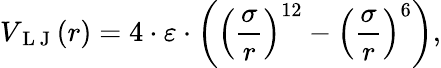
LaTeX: V_{\mathrm{~L~J~}}(r)=4\cdot\varepsilon\cdot\left(\left(\frac{\sigma}{r}\right)^{12}-\left(\frac{\sigma}{r}\right)^{6}\right),